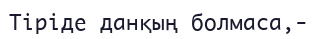
Тіріде данқың болмаса,-